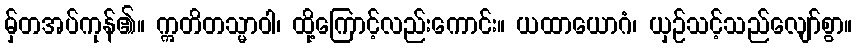
မှ်တအပ်ကုန်၏။ ဣတိတသ္မာဝါ၊ ထို့ကြောင့်လည်းကောင်း။ ယထာယောဂံ၊ ယှဉ်သင့်သည်လျော်စွာ။